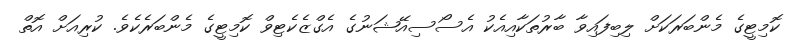
ކޮމިޓީގެ މެންބަރަކަށް ލިބިފައިވާ ބާރުތަކާއިއެކު އެސޯސިއޭޝަނުގެ އެގްޒެކެޓިވް ކޮމިޓީގެ މެންބަރެކެވެ. ކުރިއަށް އޮތް